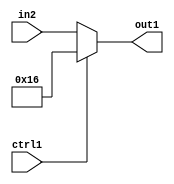
`timescale 1ps / 1ps
/*****************************************************************************
    Verilog RTL Description
    
    
    Created by: Stratus DpOpt 2019.1.01 
*******************************************************************************/

module fix2float_Muxi22u5u1_1 (
	in2,
	ctrl1,
	out1
	); /* architecture "behavioural" */ 
input [4:0] in2;
input  ctrl1;
output [4:0] out1;
wire [4:0] asc001;

reg [4:0] asc001_tmp_0;
assign asc001 = asc001_tmp_0;
always @ (ctrl1 or in2) begin
	case (ctrl1)
		1'B1 : asc001_tmp_0 = 5'B10110 ;
		default : asc001_tmp_0 = in2 ;
	endcase
end

assign out1 = asc001;
endmodule

/* CADENCE  uLPzSA4= : u9/ySgnWtBlWxVPRXgAZ4Og= ** DO NOT EDIT THIS LINE ******/